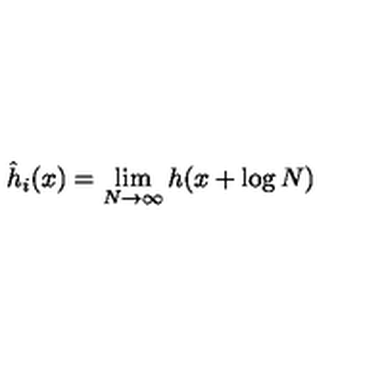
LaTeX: \hat { h } _ { i } ( x ) = \lim _ { N \to \infty } h ( x + \log N )